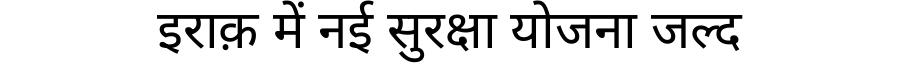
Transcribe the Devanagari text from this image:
इराक़ में नई सुरक्षा योजना जल्द